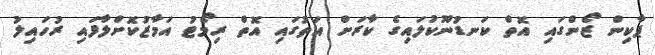
ޕާކިން ޒޯންގައި އޮތް ކަނޑުނޫކުލައިގެ ކާރަށް އަތުގައި އޮތް ރިމޯޓު އަމާޒުކޮށްލާފައި ރުހައިލު